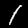
Label: 1